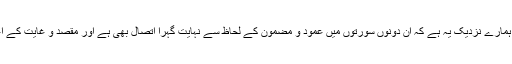
سب سے زیادہ قابل قبول توجیہہ ہمارے نزدیک یہ ہے کہ ان دونوں سورتوں میں عمود و مضمون کے لحاظ سے نہایت گہرا اتصال بھی ہے اور مقصد و غایت کے اعتبار سے فی الجملہ انفصال بھی۔